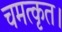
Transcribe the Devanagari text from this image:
चमत्कृत।